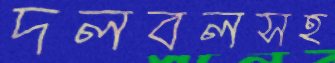
দলবলসহ